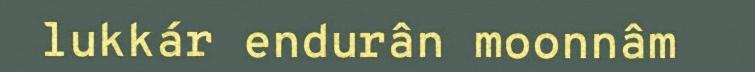
lukkár endurân moonnâm